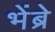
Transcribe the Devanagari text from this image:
भेंब्रे